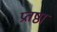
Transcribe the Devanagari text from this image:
प्रतष्ठा